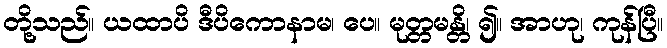
တို့သည်။ ယထာပိ ဒီပိကောနာမ၊ ပေ။ မုတ္တမန္တိ၊ ၍။ အာဟု၊ ကုန်ပြီ။